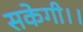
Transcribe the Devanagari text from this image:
सकेगी।।